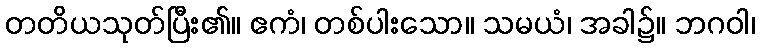
တတိယသုတ်ပြီး၏။ ဧကံ၊ တစ်ပါးသော။ သမယံ၊ အခါ၌။ ဘဂဝါ၊